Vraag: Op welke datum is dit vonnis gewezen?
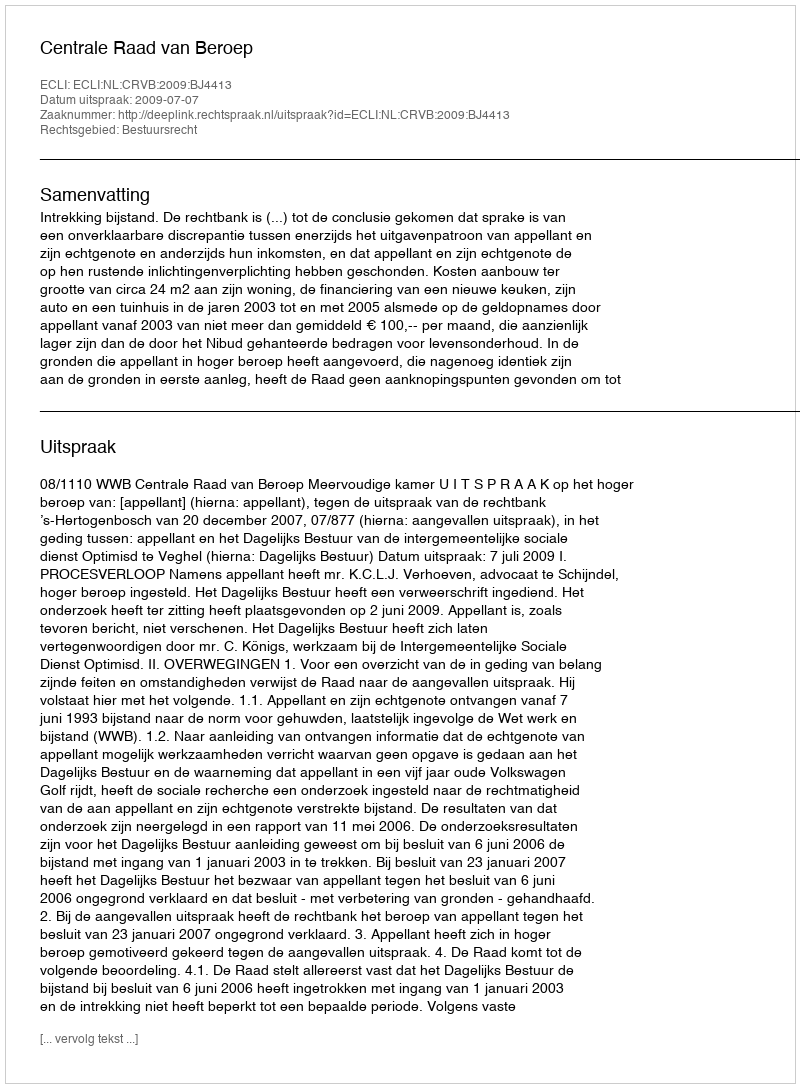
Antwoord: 2009-07-07